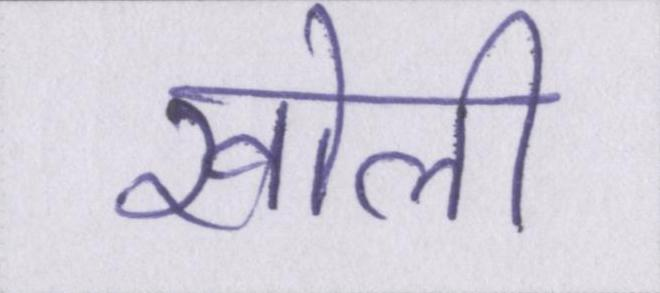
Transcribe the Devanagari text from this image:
खोली